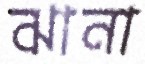
ঝানা